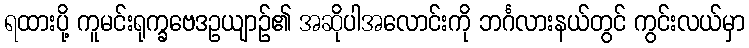
ရထားပို့ ကူမင်းရုက္ခဗေဒဥယျာဉ်၏ အဆိုပါအလောင်းကို ဘင်္ဂလားနယ်တွင် ကွင်းလယ်မှာ